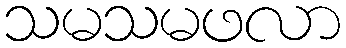
သမသမဖလာ